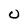
Character: 0